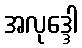
အလုဒ္ဒေါ